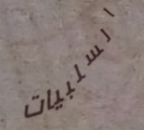
السلبيات